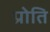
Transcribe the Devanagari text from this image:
प्रोति